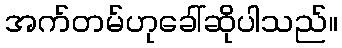
အက်တမ်ဟုခေါ်ဆိုပါသည်။